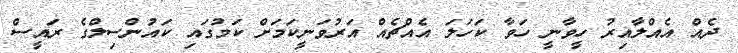
ދެއް އެއްލާއިރު ހީވާނީ ހަވާ ކަހަލަ އެއްޗެއް އަރުވަނީކަމަށް ކަމުގައި ކައުންސިލްގެ ރައީސް